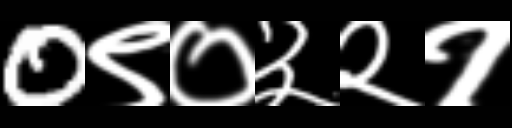
Text: 0९०३२१